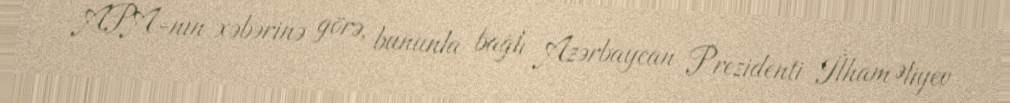
APA-nın xəbərinə görə, bununla bağlı Azərbaycan Prezidenti İlham Əliyev